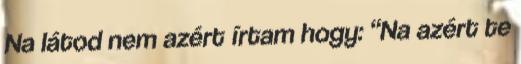
Na látod nem azért írtam hogy: “Na azért te